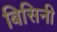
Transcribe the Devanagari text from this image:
बिसिनी